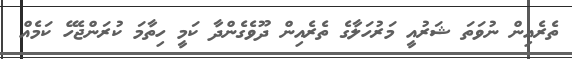
ތެރެއިން ނުވަތަ ޝަރުއީ މަރުހަލާގެ ތެރެއިން ދޫވެގެންދާ ކަމީ ހިތާމަ ކުރަންޖެހޭ ކަމެއް